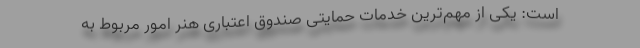
است: یکی از مهم‌ترین خدمات حمایتی صندوق اعتباری هنر امور مربوط به